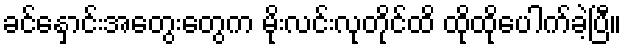
ခင်နှောင်းအတွေးတွေက မိုးလင်းလုတိုင်ထိ ထိုထိုပေါက်ခဲ့ပြီ။